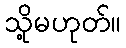
သို့မဟုတ်။